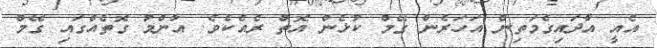
އެއީ އާދައިގެމަތިން އަހަރެން ގޭމް ކުޅެން އޮތް ރެއެކެވެ. އާންމު ގޮތެއްގައި ގޭމް